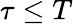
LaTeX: \tau\le T